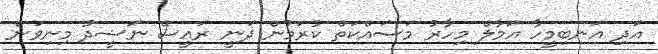
އަދި އަނބިމީހާ އަމާލް މިހާރު މަސައްކަތް ކުރަމުން ދަނީ ރައީސް ނަޝީދު މިނިވަން